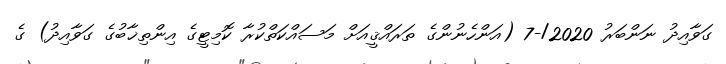
ގަވާއިދު ނަންބަރު 2020/-7 (އަންހެނުންގެ ތަރައްޤީއަށް މަސައްކަތްކުރާ ކޮމިޓީގެ އިންތިޚާބުގެ ގަވާއިދު) ގެ